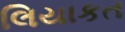
લિયાકત